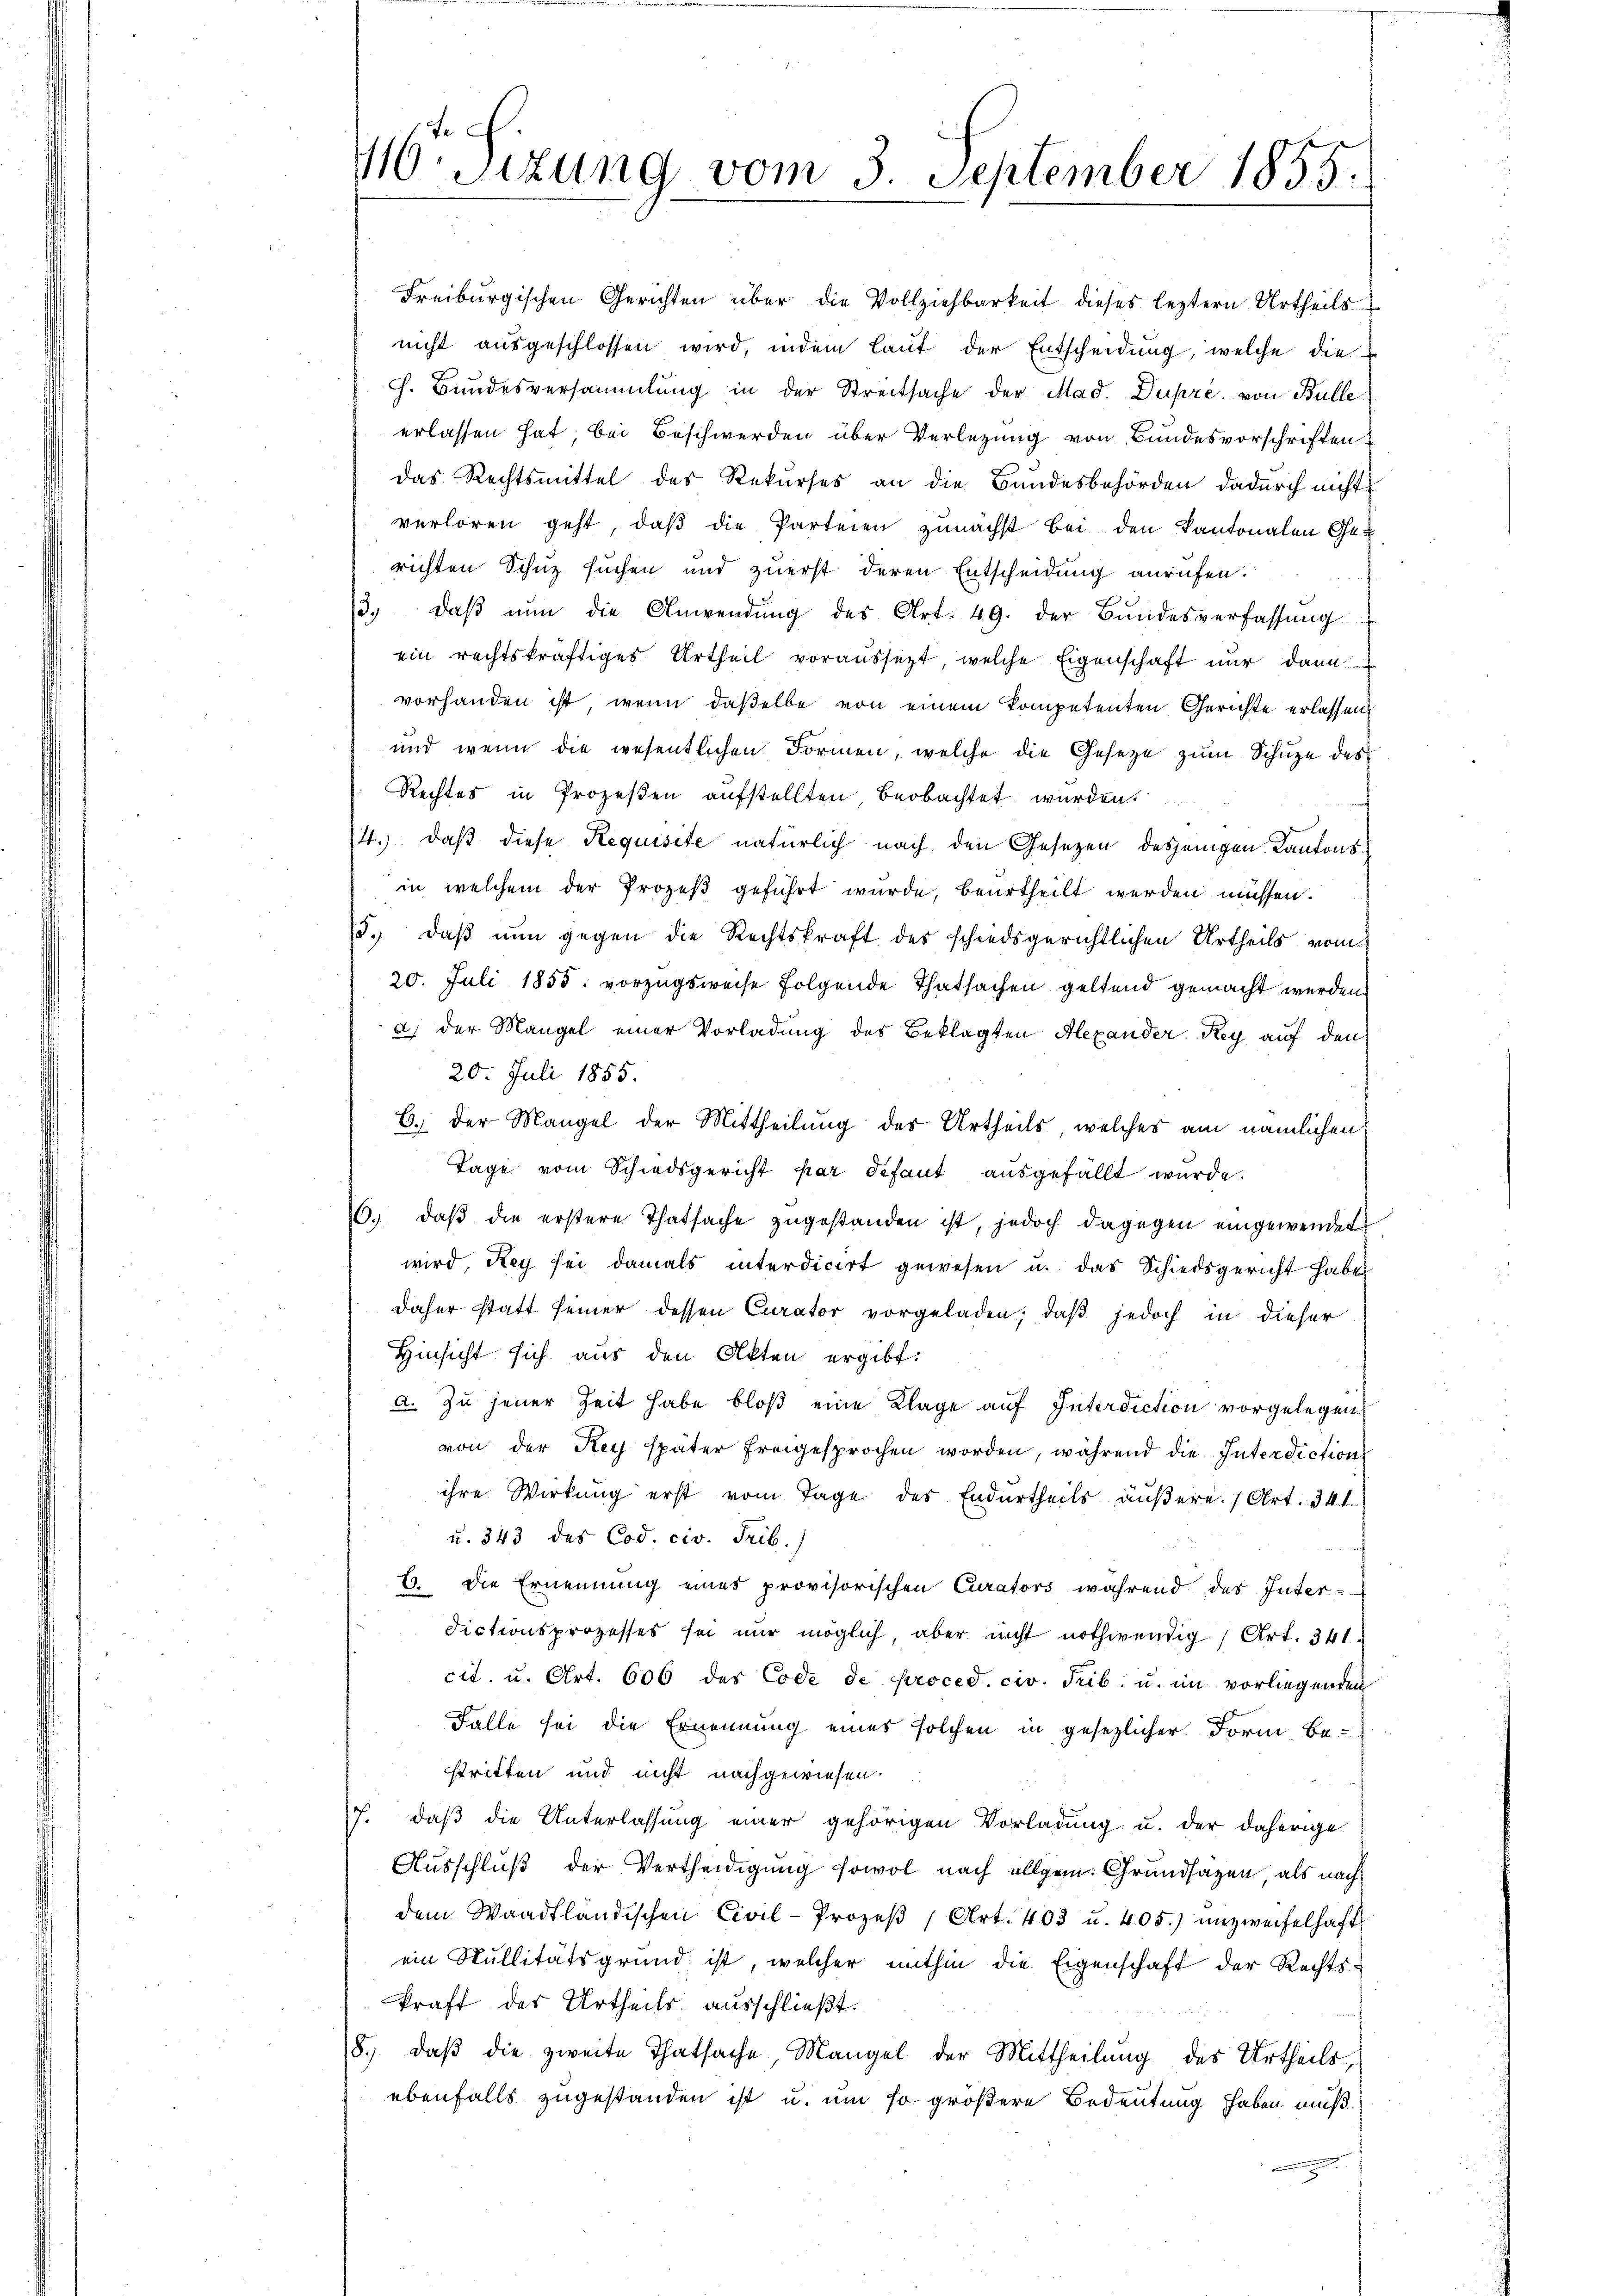
416. Sitzung vom 3. September 1855.

Freiburgischen Gerichten über die Vollziehbarkeit dieses leztern Urtheils
nicht ausgeschlossen wird, indem laut der Entscheidung, welche die
h. Bundesversammlung in der Streitsache der Mad. Dupre, von Bulle
erlassen hat, bei Beschwerden über Verletzung von Bundesvorschriften
das Rechtsmittel des Rekurses an die Bundesbehörden dadurch nicht
verloren geht, daß die Parteien zunächst bei den Kantonalen Gerichten Schuz suchen und zuerst deren Entscheidung anrufen.
3. daβ nŭn die Anwendung des Art. 49. der Bundesverfassŭng
ein rechtskräftiges Urtheil voraussetzt, welche Eigenschaft nur dann
vorhanden ist, wenn daßelbe von einem kompetenten Gerichte erlassen.
und wenn die wesentlichen Formen, welche die Gesetze zum Schuze des
Rechtes in Prozeßen aufstellten, beobachtet wurden.
14. daß diese Requisite natürlich nach den Gesezen desjenigen Kantonsin welchem der Prozeß geführt wurde, beurtheilt werden müssen.
15.) Daß nun gegen die Rechtskraft des schiedsgerichtlichen Urtheils vom
20. Juli 1855 vorzugsweise folgende Thatsachen geltend gemacht werden.
d) der Mangel einer Vorladung des Beklagten Alexander Rey auf den
20. Juli 1855.
6.) Der Mangel der Mittheilung des Urtheils, welches am nämlichen
Tage vom Schiedsgericht par défaut ausgefällt wurde.
6. daβ die erstere Thatsache zugestanden ist, jedoch dagegen eingewendet
wird, Rey sei damals interdicirt gewesen u. das Schiedsgericht habe
daher statt seiner dessen Curator vorgeladen, daß jedoch in dieser
Hinsicht sich aus den Akten ergibt:
a. Zu jener Zeit habe bloß eine Klage auf Interdiction vorgelegen
von der Rey später freigesprochen worden, während die Interdictions
ihre Wirkung erst vom Tage des Endurtheils äußere (Art. 341
u. 343 des Cod. civ. Trib.)
6. Die Ernennung eines provisorischen Curators während des Inter-
dictionsprozesses sei mir möglich, aber nicht nothwendig 1 Art. 341
cit. u. Art. 606 des Code de proced. civ. Trib. u. im vorliegenden
Falle sei die Ernennung eines solchen in gesezlicher Form, Be-
stritten und nicht nachgewiesen.
J. daß die Unterlassung einer gehörigen Vorladung u. der daherige
Ausschluß der Vertheidigung sowol nach allgem. Grundsazen, als nach
dem Waadtländischen Civil-Prozeβ (Art. 403 u. 405.) unzweifelhaft
ein Stullitätsgrund ist, welcher mithin die Eigenschaft der Rechtskraft des Urtheils ausschließt.
8. daβ die zweite Thatsache, Mangel der Mittheilung des Urtheils,
ebenfalls zugestanden ist u. um so größere Bedeutung haben muß